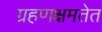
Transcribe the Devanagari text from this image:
ग्रहणक्षमतेत